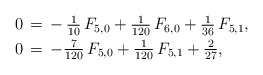
\begin{align*}\aligned0&\,=\,-\,\tfrac{1}{10}\,F_{5,0}+\tfrac{1}{120}\,F_{6,0}+\tfrac{1}{36}\,F_{5,1},\\0&\,=\,-\tfrac{7}{120}\,F_{5,0}+\tfrac{1}{120}\,F_{5,1}+\tfrac{2}{27},\endaligned\end{align*}